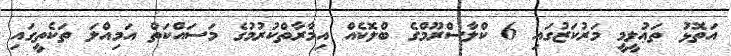
އަތޮޅު ތަޢުލީމީ މަރުކަޒުގައި 6 ކްލާސްރޫމްގެ ބްލޮކެއް އިމާރާތްކުރުމުގެ މަސައްކަތް އަމިއްލަ ތަކެތީގައި